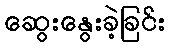
ဆွေးနွေးခဲ့ခြင်း